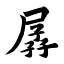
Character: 孱